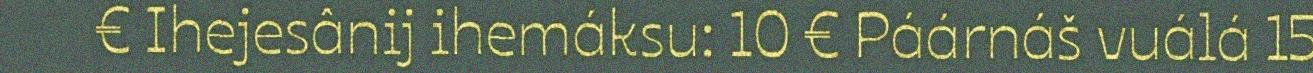
€ Ihejesânij ihemáksu: 10 € Páárnáš vuálá 15